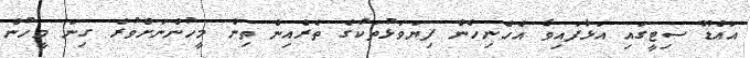
އައްޑޫ ސިޓީގައި އަޅާފައިވާ އެހެނިހެން ފިޔަވަޅުތަކުގެ ތެރެއިން ތިން މީހުންނަށްވުރެ ގިނަ މީހުން